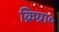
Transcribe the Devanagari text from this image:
क्रिग्रा०